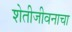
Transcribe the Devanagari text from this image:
शेतीजीवनाचा